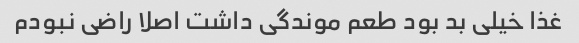
غذا خیلی بد بود طعم موندگی داشت اصلا راضی نبودم